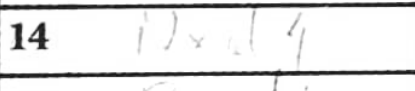
Transcription: Nxd4